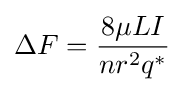
\Delta F={\frac {8\mu LI}{nr^{2}q^{*}}}